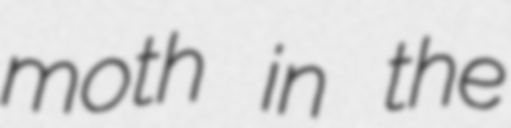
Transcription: moth in the